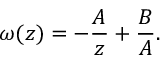
\omega ( z ) = - \frac { A } { z } + \frac { B } { A } .